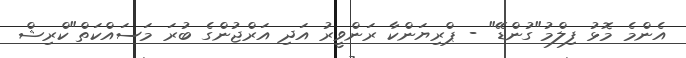
އެންމެ މޮޅު ފިލްމު"ގުންޑޭ" - ޕްރިޔަންކާ ރަންވީރު އަދި އަރްޖުންގެ ބުރަ މަސައްކަތް"ކްރިޝް